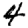
Digit: 4